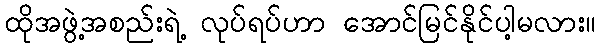
ထိုအဖွဲ့အစည်းရဲ့ လုပ်ရပ်ဟာ အောင်မြင်နိုင်ပါ့မလား။